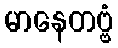
မာနေတဗ္ဗံ